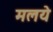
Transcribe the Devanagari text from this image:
मलये